Annual administration report of the Civil Veterinary Department of India - 1905-1906
Year: 1905
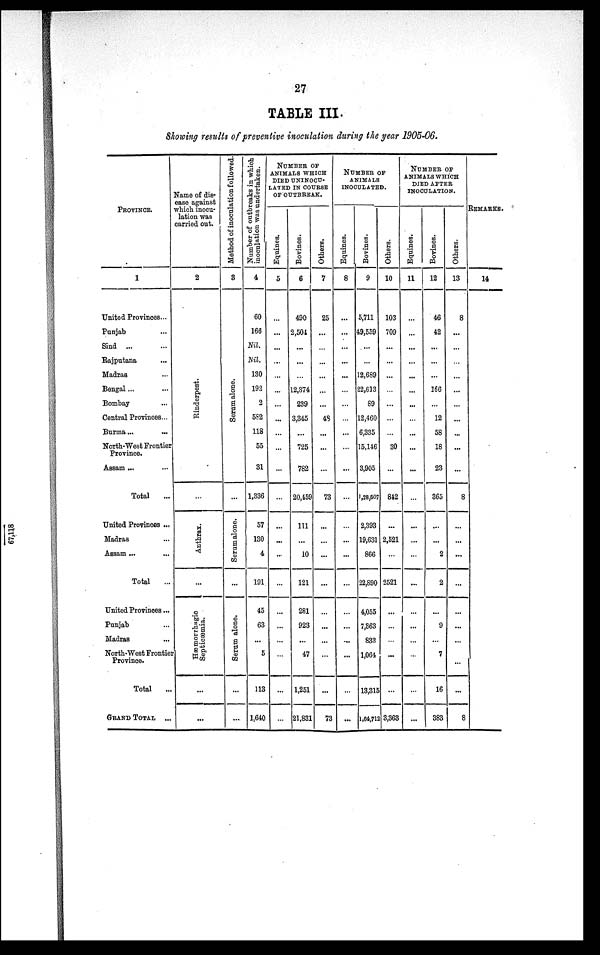
27
TABLE III.
Showing results of preventive inoculation during the year 1905-06.
PROVINCE.
1
United Provinces...
Punjab ...
Sind ... ...
Rajputana ...
Madras ...
Bengal ... ...
Bombay ...
Central Provinces...
Burma ... ...
North-West Frontier
Province.
Assam ... ...
Total ...
United Provinces ...
Madras ...
Assam ... ...
Total ...
United Provinces...
Punjab ...
Madras ...
North-West Frontier
Province.
Total ...
GRAND TOTAL ...
Name of dis-
ease against
which inocu-
lation was
carried out.
2
Rinderpest.
...
Anthrax.
...
Hæmorrhagic
Septicæmia.
...
...
Method of inoculation followed.
3
Se r
um alone.
...
Serum alone.
...
Serum alone.
...
...
Number of outbreaks in which
inoculation was undertaken.
4
60
166
Nil.
Nil.
130
192
2
582
118
55
31
1,336
57
130
4
191
45
63
...
5
113
1,640
NUMBER OF ANIMALS WHICH
DIED UNINOCU-LATED IN COURSE
OF OUTBREAK
Equines.
5
...
...
...
...
...
...
...
...
...
...
...
...
...
...
...
...
...
...
...
...
...
...
Bovines.
6
490
2,504
...
...
...
12,374
239
3,345
...
725
782
20,459
111
...
10
121
281
923
...
47
1,251
21,831
Others.
7
25
...
...
...
...
...
...
48
...
...
...
73
...
...
...
...
...
...
...
...
...
73
NUMBER OF
ANIMALS
INOCULATED.
Equines.
8
...
...
...
...
...
...
...
...
...
...
...
...
...
...
...
...
...
...
...
...
...
...
Bovines.
9
5,711
49,559
...
...
12,689
22,613
89
12,460
6,335
15,146
3,905
1,28,507
2,393
19,631
866
22,890
4,055
7,363
833
1,064
13,315
1,64,712
Others.
10
103
709
...
...
...
...
...
...
...
30
...
842
...
2,521
...
2521
...
...
...
...
...
3,363
NUMBER OF ANIMALS WHICH
DIED AFTER INOCULATION.
Equines.
11
...
...
...
...
...
...
...
...
...
...
...
...
...
...
...
...
...
...
...
...
...
...
Bovines.
12
46
42
...
...
...
166
...
12
58
18
23
365
...
...
2
2
...
9
...
7
16
383
Others.
13
8
...
...
...
...
...
...
...
...
...
...
8
...
...
...
...
...
...
...
...
...
8
REMARKS.
14